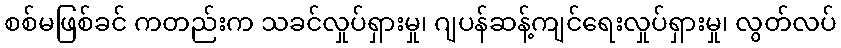
စစ်မဖြစ်ခင် ကတည်းက သခင်လှုပ်ရှားမှု၊ ဂျပန်ဆန့်ကျင်ရေးလှုပ်ရှားမှု၊ လွတ်လပ်